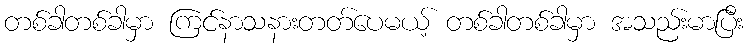
တစ်ခါတစ်ခါမှာ ကြင်နာသနားတတ်ပေမယ့် တစ်ခါတစ်ခါမှာ အသည်းမာပြီး